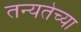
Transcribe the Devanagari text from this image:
तन्यतेच्या